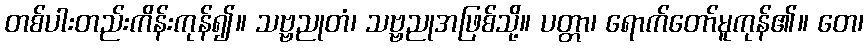
တစ်ပါးတည်းကိန်းကုန်၍။ သဗ္ဗညုတံ၊ သဗ္ဗညုအဖြစ်သို့။ ပတ္တာ၊ ရောက်တော်မူကုန်၏။ တေ၊